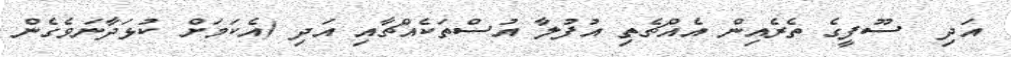
އަދި  ސޫފީގެ ތެރެއިން އެއްޗެތި އުފުލާ އުސްތަކެއްޗާއި އަދި (އެކަމަށް ކުޅަދާނަވެގެން